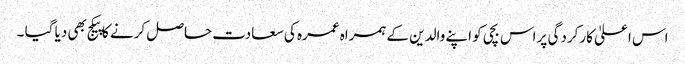
اس اعلیٰ کارکردگی پر اس بچی کو اپنے والدین کے ہمراہ عمرہ کی سعادت حاصل کرنے کا پیکج بھی دیا گیا ۔